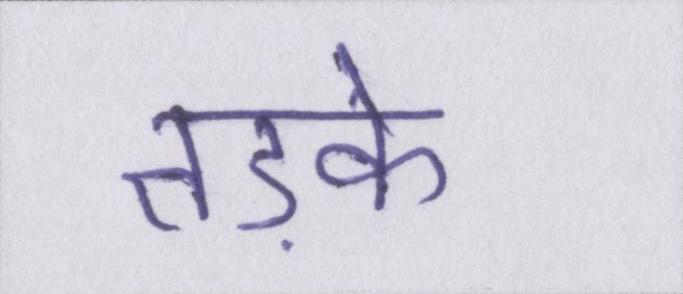
तड़के